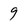
Character: 9